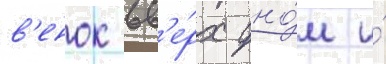
в'енок вв'е́рх дно́м и́